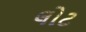
લોટ